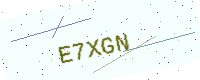
Text: E7XGN